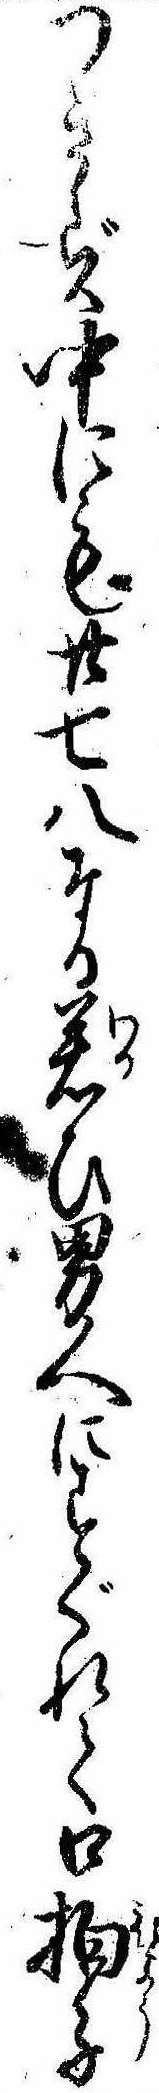
つきず中にも廿七八なる若ひ男人にすぐれて口拍子